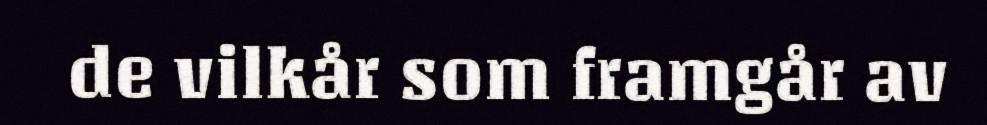
de vilkår som framgår av